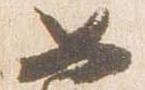
如